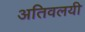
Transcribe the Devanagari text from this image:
अतिवलयी